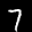
Label: 7